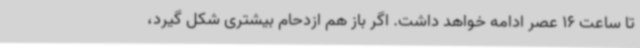
تا ساعت 16 عصر ادامه خواهد داشت. اگر باز هم ازدحام بیشتری شکل گیرد،